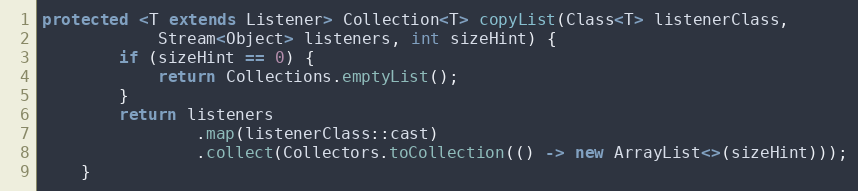
Language: Java
protected <T extends Listener> Collection<T> copyList(Class<T> listenerClass,
            Stream<Object> listeners, int sizeHint) {
        if (sizeHint == 0) {
            return Collections.emptyList();
        }
        return listeners
                .map(listenerClass::cast)
                .collect(Collectors.toCollection(() -> new ArrayList<>(sizeHint)));
    }